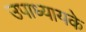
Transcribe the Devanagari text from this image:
उपाध्यायके